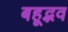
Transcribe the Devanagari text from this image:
बहूद्भव